Vital statistics of India. Vol. IV, Annual returns from 1871 to 1876. British Army of India, Native Army and jails of Bengal
Year: 1871
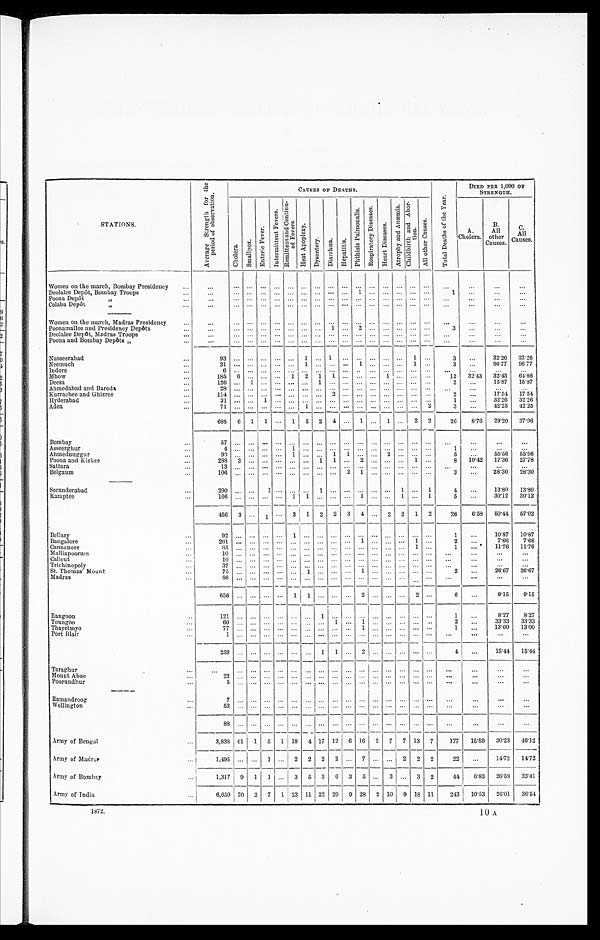
STATIONS.
A v e r a g e S t r e n g t h f o r t h e p e r i o d o f o b s e r v a t i o n .
CAUSES OF DEATHS.
T o t a l D e a t h s o f t h e Y e a r .
DIED PER 1,000 OF
STRENGTH.
A.
Cholera.
B.
All
other
Causes.
C .
All
Causes.
C h o l e r a . S m a l l p o x .
E n t e r i c F e v e r .
I n t e r m i t t e n t F e v e r s .
R e m i t t e n t C o n t i n u e d F e v e r s .
H e a t A p o p l e x y .
D y s e n t e r y . Di a r r h œa . He p a t i t i s .
P h t h i s i s P u l m o n a l i s . R e s p i r a t o r y D i s e a s e s .
H e a r t D i s e a s e s .
A t r o p h y a n d A n æ m i a . C h i l d b i r t h a n d A b o r t i o n .
A l l o t h e r C a u s e s .
Women on the march, Bombay Presidency
...
...
. . . ...
. . .
. . .
...
. . .
...
. . . . . . . . . . . . . . .
. . . ...
. . .
. . .
. . .
. . .
Deolalee Depôt, Bombay Troops
...
. . . ... ... ...
. . . ... ... ... ... 1 ...
. . . ... ... ...
1
...
...
. . .
Poona Depôt ,,
. . .
. . . . . . ...
. . . . . . ...
. . . ... ...
. . . ... ... ... ... ...
. . .
...
. . .
. . .
Colaba Depôt
, ,
. . .
. . .
.... ... ... ... ... ... ...
. . . . . . . . . . . . ...
. . .
...
. . .
. . .
. . .
. . .
Women on the march, Madras Presidency
...
. . . . . .
...
. . . . . . ...
. . . . . . . . . . . . . . . . . . . . .
. . . ...
. . .
. . .
. . .
. . .
Poonamallee and Presidency Depôts
...
. . . . . .
...
. . . . . .
...
. . .
1
. . . 2
. . . . . . ...
. . .
...
3
. . .
. . .
...
Deolalee Depôt, Madras Troops
. . .
...
. . . . . .
. . . . . . . . .
. . . . . . . . . . . . . . . . . . ...
. . .
...
. . .
. . .
...
...
Poona and Bombay Depôts ,,
. . .
. . . . . . ... ... ... ... ... ... ... ... ... ... ... ... ...
...
...
. . . ...
Nusseerabad
9 3
...
. . .
...
. . . . . .
1
. . .
1
. . . . . . . . . . . . ...
1 ...
3
. . .
32.26 32.26
Neemuch
3 1
...
. . .
...
. . . . . .
1
. . .
...
. . . 1
. . . . . . ...
1 ...
3
. . .
9 6 . 7 7
9 6 . 7 7
Indore
6
. . . . . .
...
. . . . . .
...
. . .
... ...
. . . ... ... ... ... ...
. . .
. . .
. . .
. . .
Mhow
185 6
. . .
...
. . . 1 2 1 1
. . . . . . . . . 1 ...
. . . ...
1 2
3 2 . 4 3
3 2 . 4 3 64. 86
Deesa
1 2 6
. . . 1 ...
. . . . . . . . . 1 ...
. . . . . . ... ... ...
. . . ...
2
. . .
1 5 . 8 7
1 5 . 8 7
Ahmedabad and Baroda
2 8
. . . . . .
...
. . . . . . . . . . . .
...
. . . . . . . . . . . . ...
. . . ...
. . .
. . .
. . .
. . .
Kurrachee and Ghizree
114 ...
. . . ...
. . . ...
. . . . . .
2
. . . . . . . . . . . . ...
. . . ...
2
...
1 7 . 5 4
1 7 . 5 4
Hyderabad
31
. . . . . .
1
. . . . . . . . . . . . ... ... ... ... ... ... ... ...
1
. . .
3 2 . 2 6
3 2 . 2 6
Aden
7 1
. . . . . .
...
. . . . . . 1 . . . ...
. . . . . . . . . . . .
. . . . . . 2
3
. . .
4 2 . 2 5
4 2 . 2 5
685 6 1 1 ... 1 5 2 4 ... 1 ... 1 ... 2 2
26
8.76
29.20 37. 96
Bombay
57
. . . . . .
...
. . . . . . . . . . . .
...
. . . . . . . . . . . .
...
. . . ...
. . .
. . .
. . .
. . .
Asseerghur
4
. . . . . .
...
. . . 1
. . . . . .
...
... ... ... . . .
...
... ...
1
...
. . .
. . .
Ahmednuggur
9 0
. . . . . .
...
. . . 1
. . . . . .
1
1
. . . . . . 2 ...
. . . ...
5
. . .
5 5 . 5 6
5 5 . 5 6
Poona and Kirkee
288 3 ......
. . . ...
. . . 1 1
. . . 2
. . . . . .
...
1 ...
8
1 0 . 4 2
1 7 . 3 6 27.78
Sattara
13
. . . . . .
...
. . . . . . . . . . . .
...
. . . . . . . . . ... ...
... ...
...
. . .
. . .
. . .
Belgaum
106 ... ... ...
. . . . . . ... ... ...
2
1
. . . . . .
...
. . . ...
3
. . .
2 8 . 3 0
28.30
Secunderabad
2 9 0
. . . . . .
1
. . . . . . . . . 1 ...
. . . . . . . . . . . . 1 ... 1
4
. . . 13.80 13.80
Kamptee
166 ... ... ...
. . . 1
1 . . .
...
. . . 1
. . . . . .
1
. . .
1
5
...
3 0 . 1 2
30.12
456 3 ... 1
. . . 3 1 2 2 3 4 ... 2
2
1 2
26
6.58
50.44 57.02
Bellary
9 2 ...
. . .
...
. . .
1
...
. . .
...
... ... ...
. . .
...
... ...
1
...
10.87 10.87
Bangalore
261 ... . . .
...
... ... ... ... ... ...
1
. . . . . .
...
1 ...
2
...
7 . 6 6
7 . 6 6
Cannanore
8 5
. . . . . .
...
. . . . . . . . . . . .
...
. . . . . . . . . . . . ...
1 ...
1
. . .
1 1 . 7 6
11.76
Malliapoorum
1 0
. . . . . .
...
. . . . . . . . . . . .
...
... ... ... . . .
...
. . . ...
. . .
. . .
. . .
...
Calicut
10 ... ... ...
... ... ... . . .
...
. . . . . . . . . . . .
...
. . . . . .
. . .
. . .
...
...
Trichinopoly
37
. . . . . .
...
. . . . . . . . . . . .
...
. . . . . . . . . . . .
...
. . . ...
. . .
. . .
. . .
. . .
St. Thomas' Mount
7 5
. . . . . .
...
. . . . . . 1 ... ...
. . . 1
. . . . . . ... ... ...
2
. . .
2 6 . 6 7
26.67
Madras
86
. . . . . .
...
. . . . . . . . . . . .
...
. . .
... ... . . .
...
. . .
. . .
. . .
. . .
...
...
6 5 6
. . . . . .
...
. . . 1
1 . . .
...
. . . 2
. . . . . .
...
2 ...
6
...
9.15
9.15
Rangoon
1 2 1
. . . . . .
...
. . . . . . . . . 1 ...
. . . . . . ... . . .
...
... ...
1
...
8.27 8.27
Toungoo
6 0
. . . . . .
...
. . . . . . ... ... 1
... 1 ... . . .
...
... ...
2 . . .
33.33
3 3 . 3 3
Thayetmyo
7 7
. . . . . .
...
... ... ... ... ... ... 1
. . . . . .
... ...
...
1
. . .
1 3 . 0 0
13.00
Port Blair
1
...
. . .
. . .
. . . . . . . . .
. . . . . . . . .
...
. . . . . .
... ...
...
...
. . .
. . .
...
259
. . . . . .
...
. . . . . . . . . 1 1
. . . 2 ...
. . ....
. . . ...
4
...
15.44 15.44
Taraghur
...
... ...
. . . ... ... . . .
... ... ...
... . . .
... ... ...
...
...
. . .
...
Mount Aboo
23 . . . . . . ... . . .
... ...
. . .
... ...
. . . . . . . . .
... ... ...
...
. . .
...
...
Poorundhur
5
...
. . .
...
. . .
... ...
. . .
... ... ... ...
. . .
... ... ...
. . .
. . .
. . .
. . .
Ramandroog
7
...
. . .
...
. . . . . . . . . . . .
... ...
. . .
...
. . .
...
. . .
. . . . . .
. . .
...
. . .
Wellington
5 3 ... . . .
...
... ... ... ... ...
. . . . . . . . .
...
. . .
. . .
. . .
...
. . .
. . .
8 8
. . .
. . .
. . .
. . . . . .
... ... ...
. . .
. . . . . . . . .
...
. . . ...
...
...
. . .
. . .
Army of Bengal
3,838 61 1 5
1 18 4
1 7
12 6
1 6 2
7 7
1 3 7
177 15.89 30.23 46.12
Army of Madras
1,495 ... . . . 1
... 2 2 2 2 ... 7 ... . . . 2 2
2
2 2
. . .
14.72
14.72
Army of Bombay
1,317 9 1 1
... 3 5 3 6 3 5
... 3 ...
3 2
4 4
6 . 8 3
2 6 . 5 8
33.41
Army of India
6,650 7 0 2 7
1
23 11 22 20 9
2 8
2 1 0 9
18 11
2 4 3
1 0 . 5 3
26.01 36.54
1872.
10 A